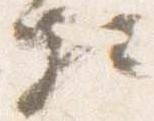
相